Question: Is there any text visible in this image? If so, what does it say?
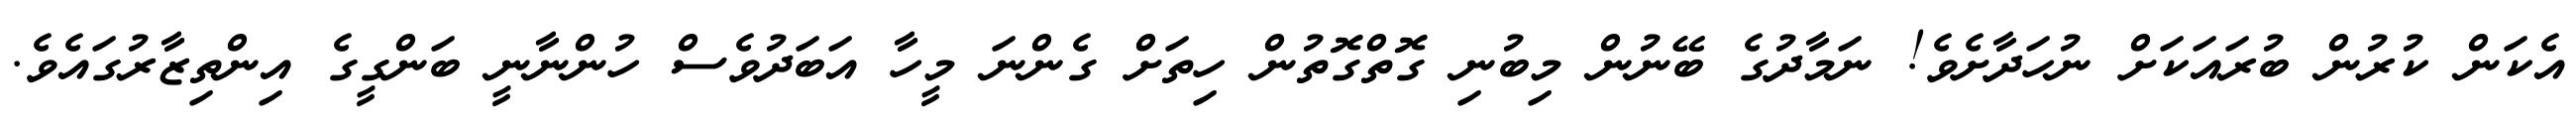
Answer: އެކަން ކުރުން ބުރައަކަށް ނުހަދާށެވެ! ނަމާދުގެ ބޭނުން މިބުނި ގޮތްގޮތުން ހިތަށް ގެންނަ މީހާ އަބަދުވެސް ހުންނާނީ ބަންގީގެ އިންތިޒާރުގައެވެ.